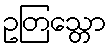
ဥတြသ္တော